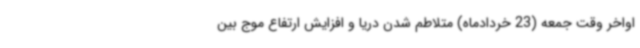
اواخر وقت جمعه (23 خردادماه) متلاطم شدن دریا و افزایش ارتفاع موج بین